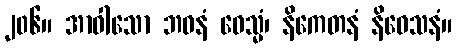
၂၀၆။ အာဝါသော ဘဝနံ ဝေသ္မံ၊ နိကေတနံ နိဝေသနံ။